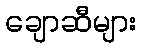
ချောဆီများ